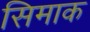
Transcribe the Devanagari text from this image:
सिमाक